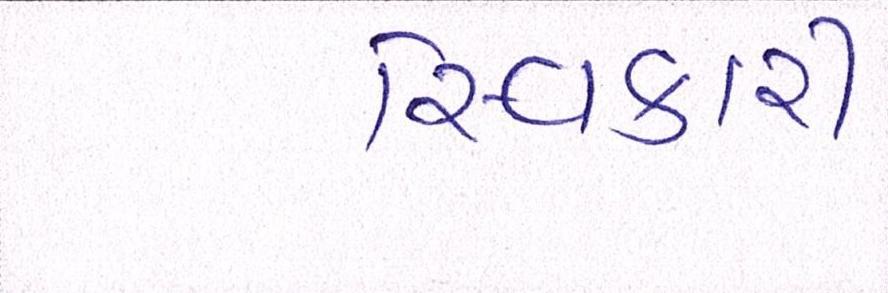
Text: સ્વિકારી